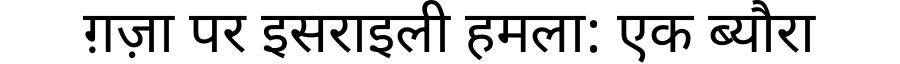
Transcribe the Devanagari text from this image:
ग़ज़ा पर इसराइली हमला: एक ब्यौरा